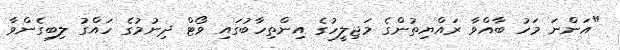
"އަންނަ މަހު ބާއްވާ ރައްޔިތުންގެ މަޖިލީހުގެ އިންތިހާބުގައި ވޯޓް ދިނުމުގެ ހައްގު ލިބިގެންވާ